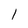
Character: l